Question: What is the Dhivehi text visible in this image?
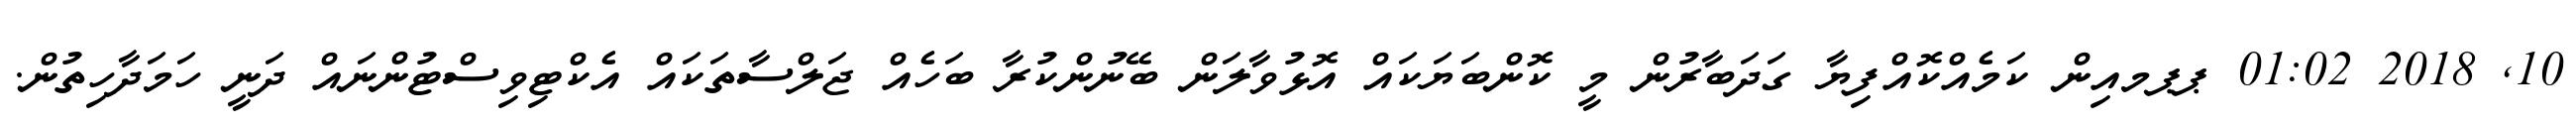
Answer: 10, 2018 01:02 ޕޕމއިން ކަމެއްކޮއްފިޔާ ގަދަބާރުން މީ ކޮންބަޔަކައް އޮޅުވާލަން ބޭނުންކުރާ ބަހެއް ޖަލްސާތަކައް އެކްޓިވިސްޓުންނައް ދަނީ ހަމަދާހިތުން.